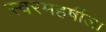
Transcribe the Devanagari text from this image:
स्वरमहर्षीला